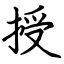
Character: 授